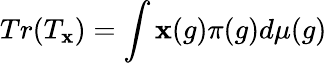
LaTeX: Tr(T_{\mathbf{x}})=\int\mathbf{x}(g)\pi(g)d\mu(g)